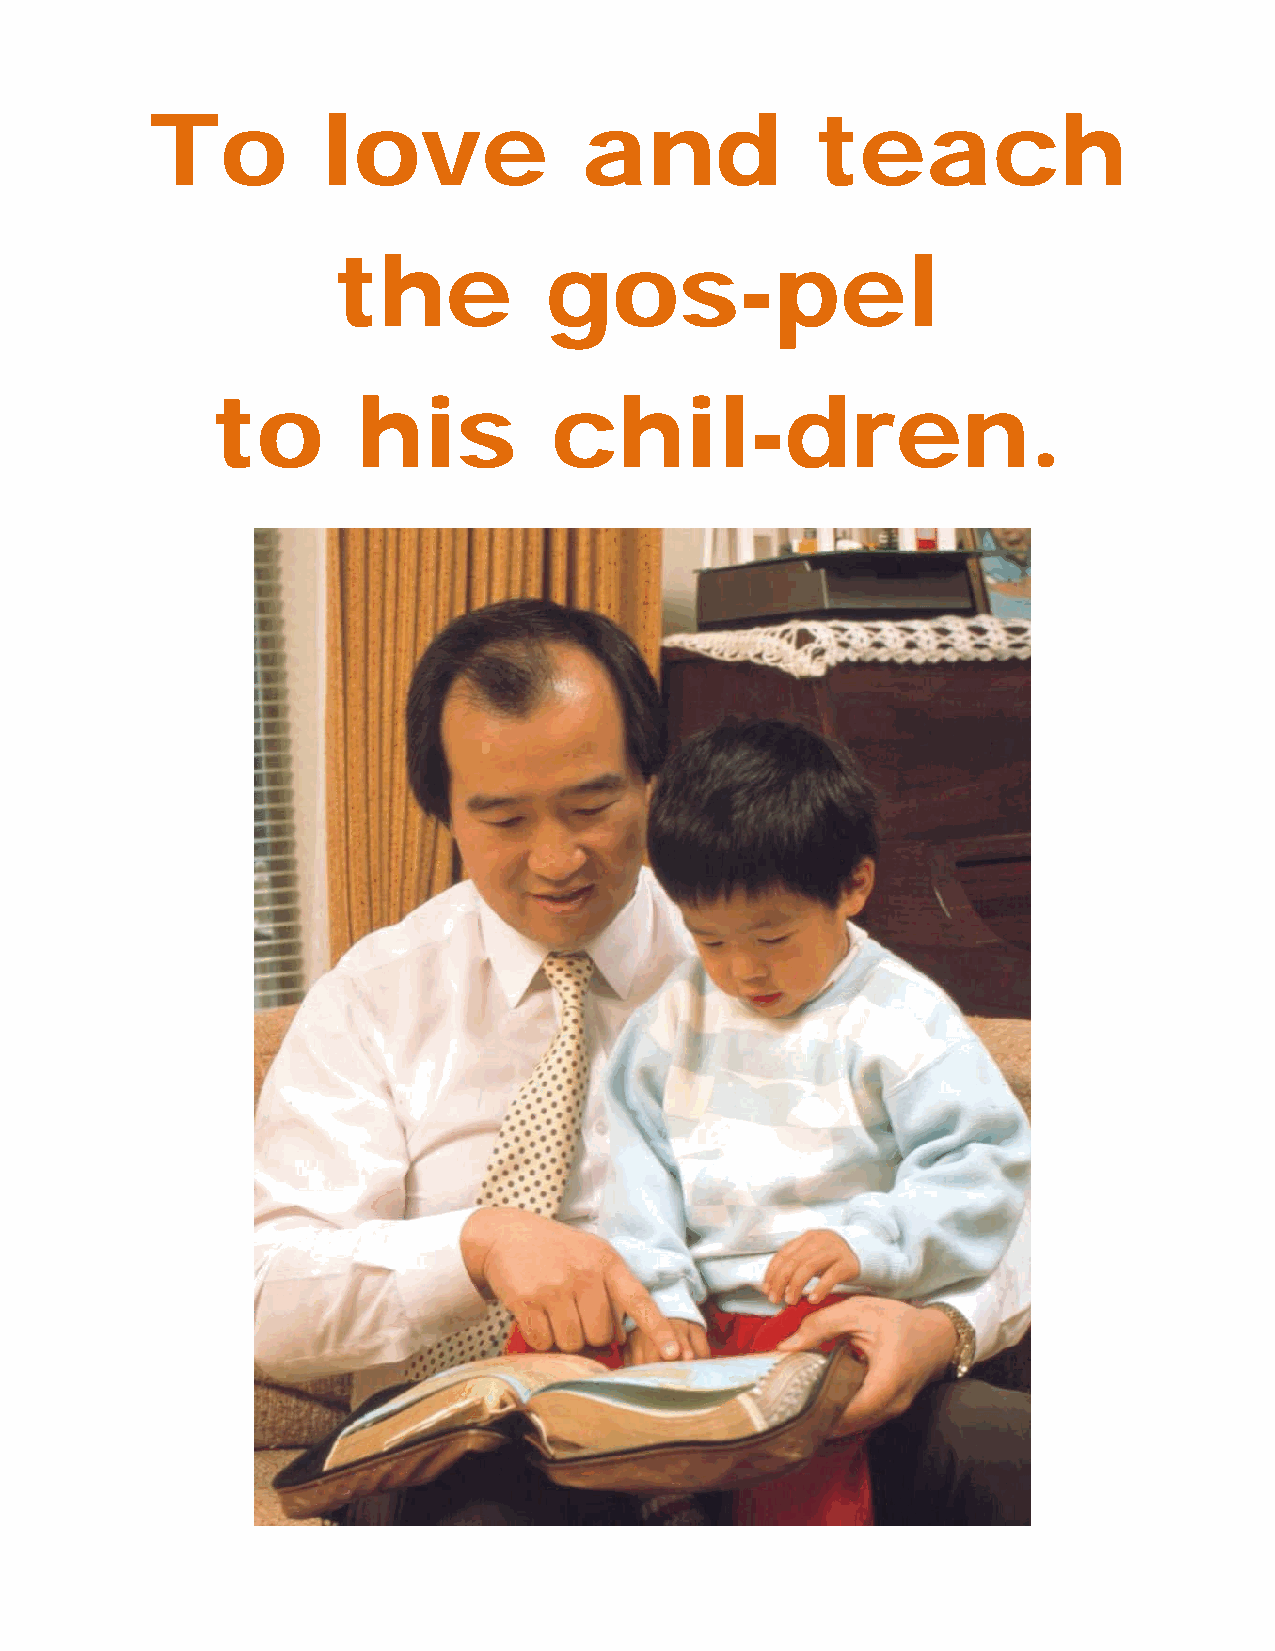
To         love              and            teach
 the           gos-pel
 to        his         chil-dren.